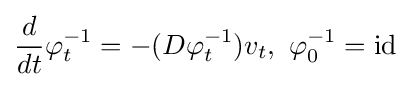
{\frac {d}{dt}}\varphi _{t}^{-1}=-(D\varphi _{t}^{-1})v_{t},\ \varphi _{0}^{-1}={\rm {id}}\